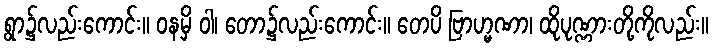
ရွာ၌လည်းကောင်း။ ဝနမှိ ဝါ၊ တော၌လည်းကောင်း။ တေပိ ဗြာဟ္မဏာ၊ ထိုပုဏ္ဏားတို့ကိုလည်း။